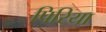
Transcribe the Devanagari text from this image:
पिरिया